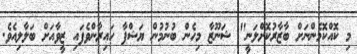
މި ކޮއްކޮމެންނަށް ބާޒާރުކޮށްލަނީ" ޝަނޫޒާ މިހެން ބުނުމުން ޔަޝްފާ ހައިރާންވެފައި ޒީވާއަށް ބަލާލިއެވެ.